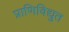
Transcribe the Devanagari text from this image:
प्राणिविद्युत